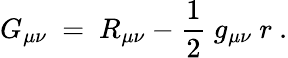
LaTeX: G_{\mu\nu}\ =\ R_{\mu\nu}-\frac 12\ g_{\mu\nu}\ r\ .